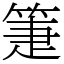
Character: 箑